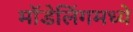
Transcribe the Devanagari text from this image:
मॉडेलिंगमध्ये